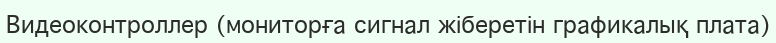
Видеоконтроллер (мониторға сигнал жіберетін графикалық плата)